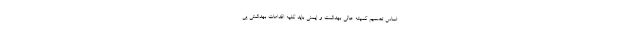
اساس تصمیم کمیته عالی بهداشت و ایمنی باید کلیه اقدامات بهداشتی پی